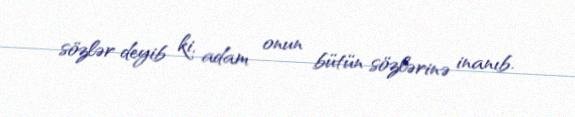
sözlər deyib ki, adam onun bütün sözlərinə inanıb.